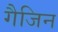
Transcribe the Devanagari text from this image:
गैजिन